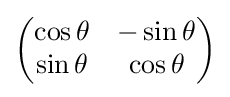
{\begin{pmatrix}\cos \theta &-\sin \theta \\\sin \theta &\cos \theta \end{pmatrix}}